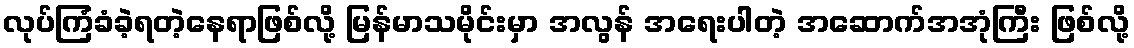
လုပ်ကြံခံခဲ့ရတဲ့နေရာဖြစ်လို့ မြန်မာသမိုင်းမှာ အလွန် အရေးပါတဲ့ အဆောက်အအုံကြီး ဖြစ်လို့